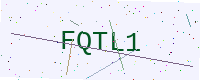
Text: FQTL1